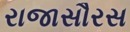
રાજાસૌરસ